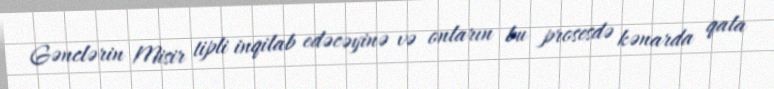
Gənclərin Misir tipli inqilab edəcəyinə və onların bu prosesdə kənarda qala